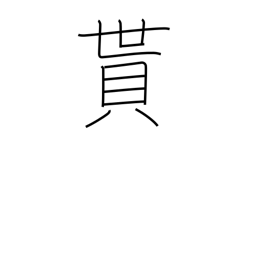
Meaning: obtain